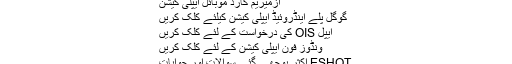
)
ازمیریم کارڈ موبائل ایپلی کیشن
گوگل پلے اینڈروئیڈ ایپلی کیشن کیلئے کلک کریں
ایپل OIS کی درخواست کے لئے کلک کریں
ونڈوز فون ایپلی کیشن کے لئے کلک کریں
ESHOT اکثر پوچھے گئے سوالات اور جوابات
ESHOT TL انسٹال کرنے کا طریقہ؟